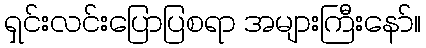
ရှင်းလင်းပြောပြစရာ အများကြီးနော်။